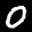
Label: 0